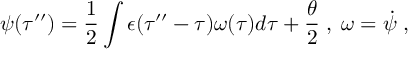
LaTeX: \psi ( \tau ^ { \prime \prime } ) = \frac { 1 } { 2 } \int \epsilon ( \tau ^ { \prime \prime } - \tau ) \omega ( \tau ) d \tau + \frac { \theta } { 2 } \; , \; \omega = { \dot { \psi } } \; ,